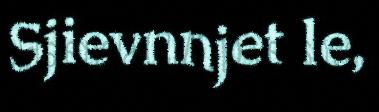
Sjievnnjet le,